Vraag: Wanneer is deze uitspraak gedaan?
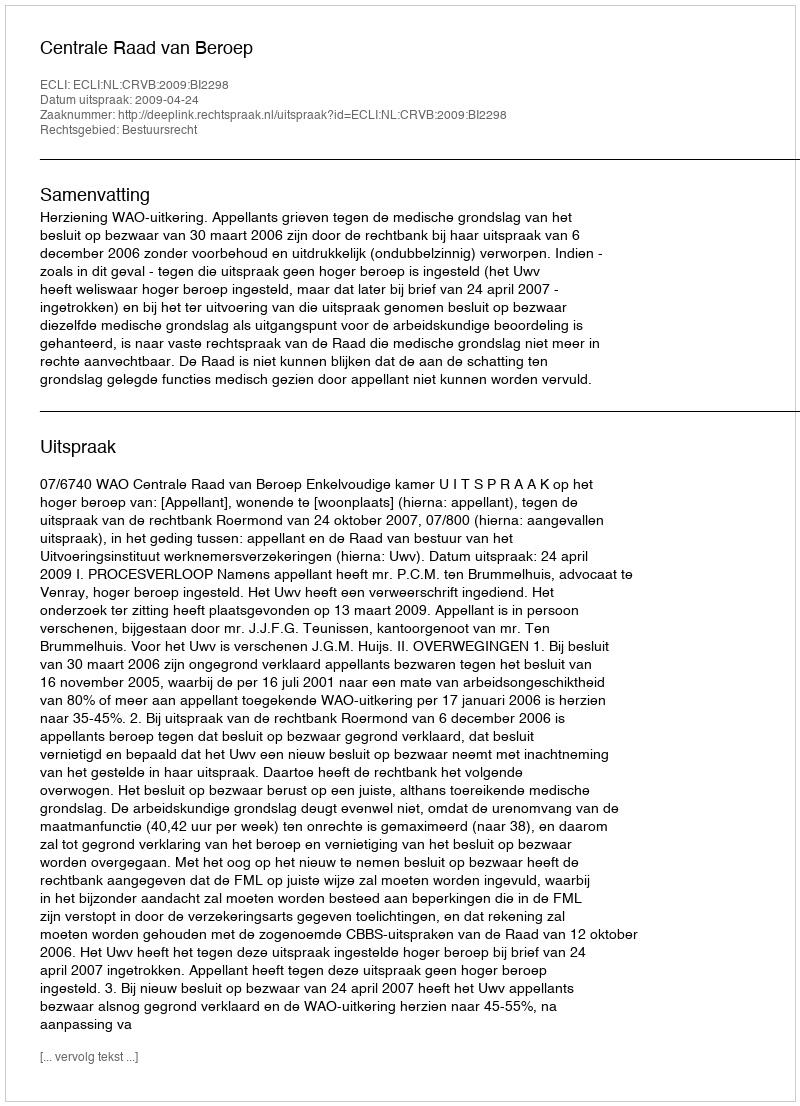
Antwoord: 2009-04-24